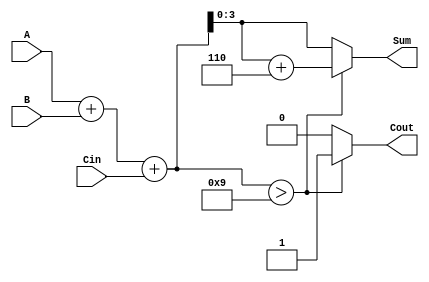
module BCD_Ripple_Carry_Adder (
    input  [3:0] A,       // 4-bit BCD input A
    input  [3:0] B,       // 4-bit BCD input B
    input        Cin,      // Carry input
    output reg [3:0] Sum,  // 4-bit BCD output Sum
    output reg Cout        // Carry output
);

    // Intermediate wires for binary sum and carry
    wire [4:0] binary_sum;  // 5 bits to accommodate carry out
    wire [3:0] corrected_sum;
    
    // Step 1: Perform binary addition
    assign binary_sum = A + B + Cin;

    // Step 2: BCD Correction logic
    always @(*) begin
        // Check if binary sum exceeds 9
        if (binary_sum > 9) begin
            Sum = binary_sum + 6;  // Add 6 for BCD correction
            Cout = 1;               // Set carry out
        end else begin
            Sum = binary_sum[3:0]; // Take the lower 4 bits as is
            Cout = 0;               // No carry out
        end
    end

endmodule